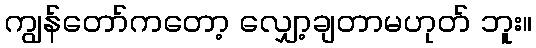
ကျွန်တော်ကတော့ လျှော့ချတာမဟုတ် ဘူး။